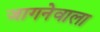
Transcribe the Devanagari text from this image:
जागनेवाला